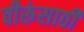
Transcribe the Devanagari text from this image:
वीरूंसाठी